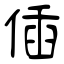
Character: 偛